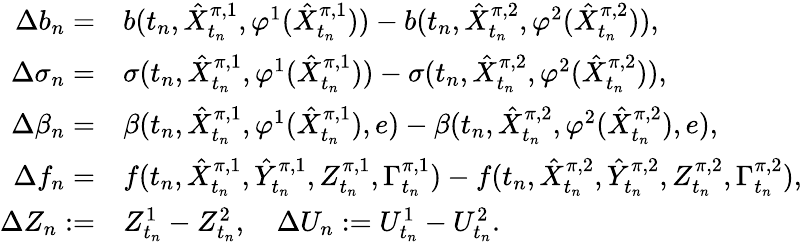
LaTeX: \begin{array}{r}{\begin{array}{rl}{\Delta b_{n}=}&{b(t_{n},\hat{X}_{t_{n}}^{\pi,1},\varphi^{1}(\hat{X}_{t_{n}}^{\pi,1}))-b(t_{n},\hat{X}_{t_{n}}^{\pi,2},\varphi^{2}(\hat{X}_{t_{n}}^{\pi,2})),}\\ {\Delta\sigma_{n}=}&{\sigma(t_{n},\hat{X}_{t_{n}}^{\pi,1},\varphi^{1}(\hat{X}_{t_{n}}^{\pi,1}))-\sigma(t_{n},\hat{X}_{t_{n}}^{\pi,2},\varphi^{2}(\hat{X}_{t_{n}}^{\pi,2})),}\\ {\Delta\beta_{n}=}&{\beta(t_{n},\hat{X}_{t_{n}}^{\pi,1},\varphi^{1}(\hat{X}_{t_{n}}^{\pi,1}),e)-\beta(t_{n},\hat{X}_{t_{n}}^{\pi,2},\varphi^{2}(\hat{X}_{t_{n}}^{\pi,2}),e),}\\ {\Delta f_{n}=}&{f(t_{n},\hat{X}_{t_{n}}^{\pi,1},\hat{Y}_{t_{n}}^{\pi,1},Z_{t_{n}}^{\pi,1},\Gamma_{t_{n}}^{\pi,1})-f(t_{n},\hat{X}_{t_{n}}^{\pi,2},\hat{Y}_{t_{n}}^{\pi,2},Z_{t_{n}}^{\pi,2},\Gamma_{t_{n}}^{\pi,2}),}\\ {\Delta Z_{n}:=}&{Z_{t_{n}}^{1}-Z_{t_{n}}^{2},\quad\Delta U_{n}:=U_{t_{n}}^{1}-U_{t_{n}}^{2}.}\end{array}}\end{array}